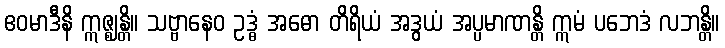
ဧဝမာဒီနိ ဣဇ္ဈန္တိ။ သဗ္ဗာနေဝ ဥဒ္ဓံ အဓော တိရိယံ အဒွယံ အပ္ပမာဏန္တိ ဣမံ ပဘေဒံ လဘန္တိ။